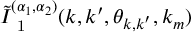
\tilde { I } _ { \mathrm { ~ 1 ~ } } ^ { ( \alpha _ { 1 } , \alpha _ { 2 } ) } ( k , k ^ { \prime } , \theta _ { \boldsymbol { k } , \boldsymbol { k } ^ { \prime } } , k _ { m } )